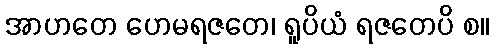
အာဟတေ ဟေမရဇတေ၊ ရူပိယံ ရဇတေပိ စ။